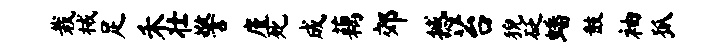
栽械足禾壮警廑死成藕郊撼苔猊砭蟠鼓袖狐